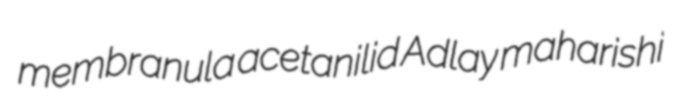
membranula acetanilid Adlay maharishi